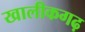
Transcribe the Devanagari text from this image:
खालीकगढ़